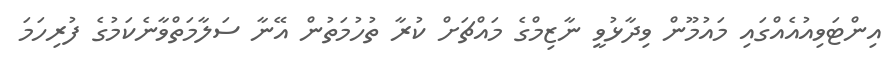
އިންޓަވިއުއެއްގައި މައުމޫން ވިދާޅުވީ ނާޒިމްގެ މައްޗަށް ކުރާ ތުހުމަތުން އޭނާ ސަލާމަތްވާނެކަމުގެ ފުރިހަމަ